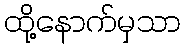
ထို့နောက်မှသာ